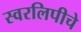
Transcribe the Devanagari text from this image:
स्वरलिपीचे